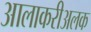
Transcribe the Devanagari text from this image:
आलाकरीअलक